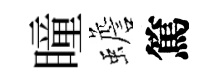
瞳蟾篤